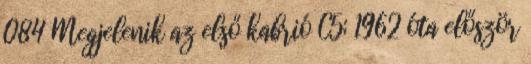
084 Megjelenik az első kabrió C5; 1962 óta először